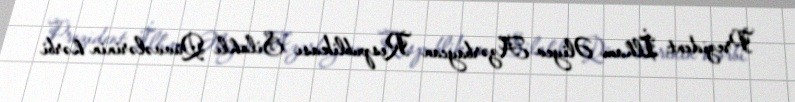
Prezident İlham Əliyev Azərbaycan Respublikası Silahlı Qüvvələrinin hərbi